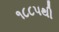
૧૮૮૫થી